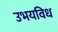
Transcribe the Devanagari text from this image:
उभयविध